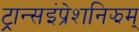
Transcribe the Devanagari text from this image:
ट्रान्सइंप्रेशनिझम्